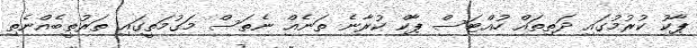
ޕާކު ކުރުމުގައި ދަތިތައް ހުއްޓަސް ޕާކް ކުރާނެ ތަނެއް ނެތަސް މަގުމަތީގައި ތަރުތީބެއްނެތި